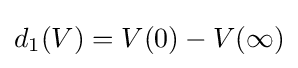
d_{1}(V)=V(0)-V(\infty )